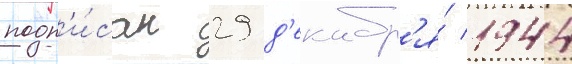
подп'и́сан 29 д'екабр'я́ 1944